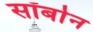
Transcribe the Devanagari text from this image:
सॉर्बान